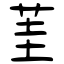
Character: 茥